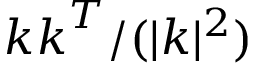
\boldsymbol k \boldsymbol k ^ { T } / ( | \boldsymbol k | ^ { 2 } )